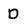
Character: D